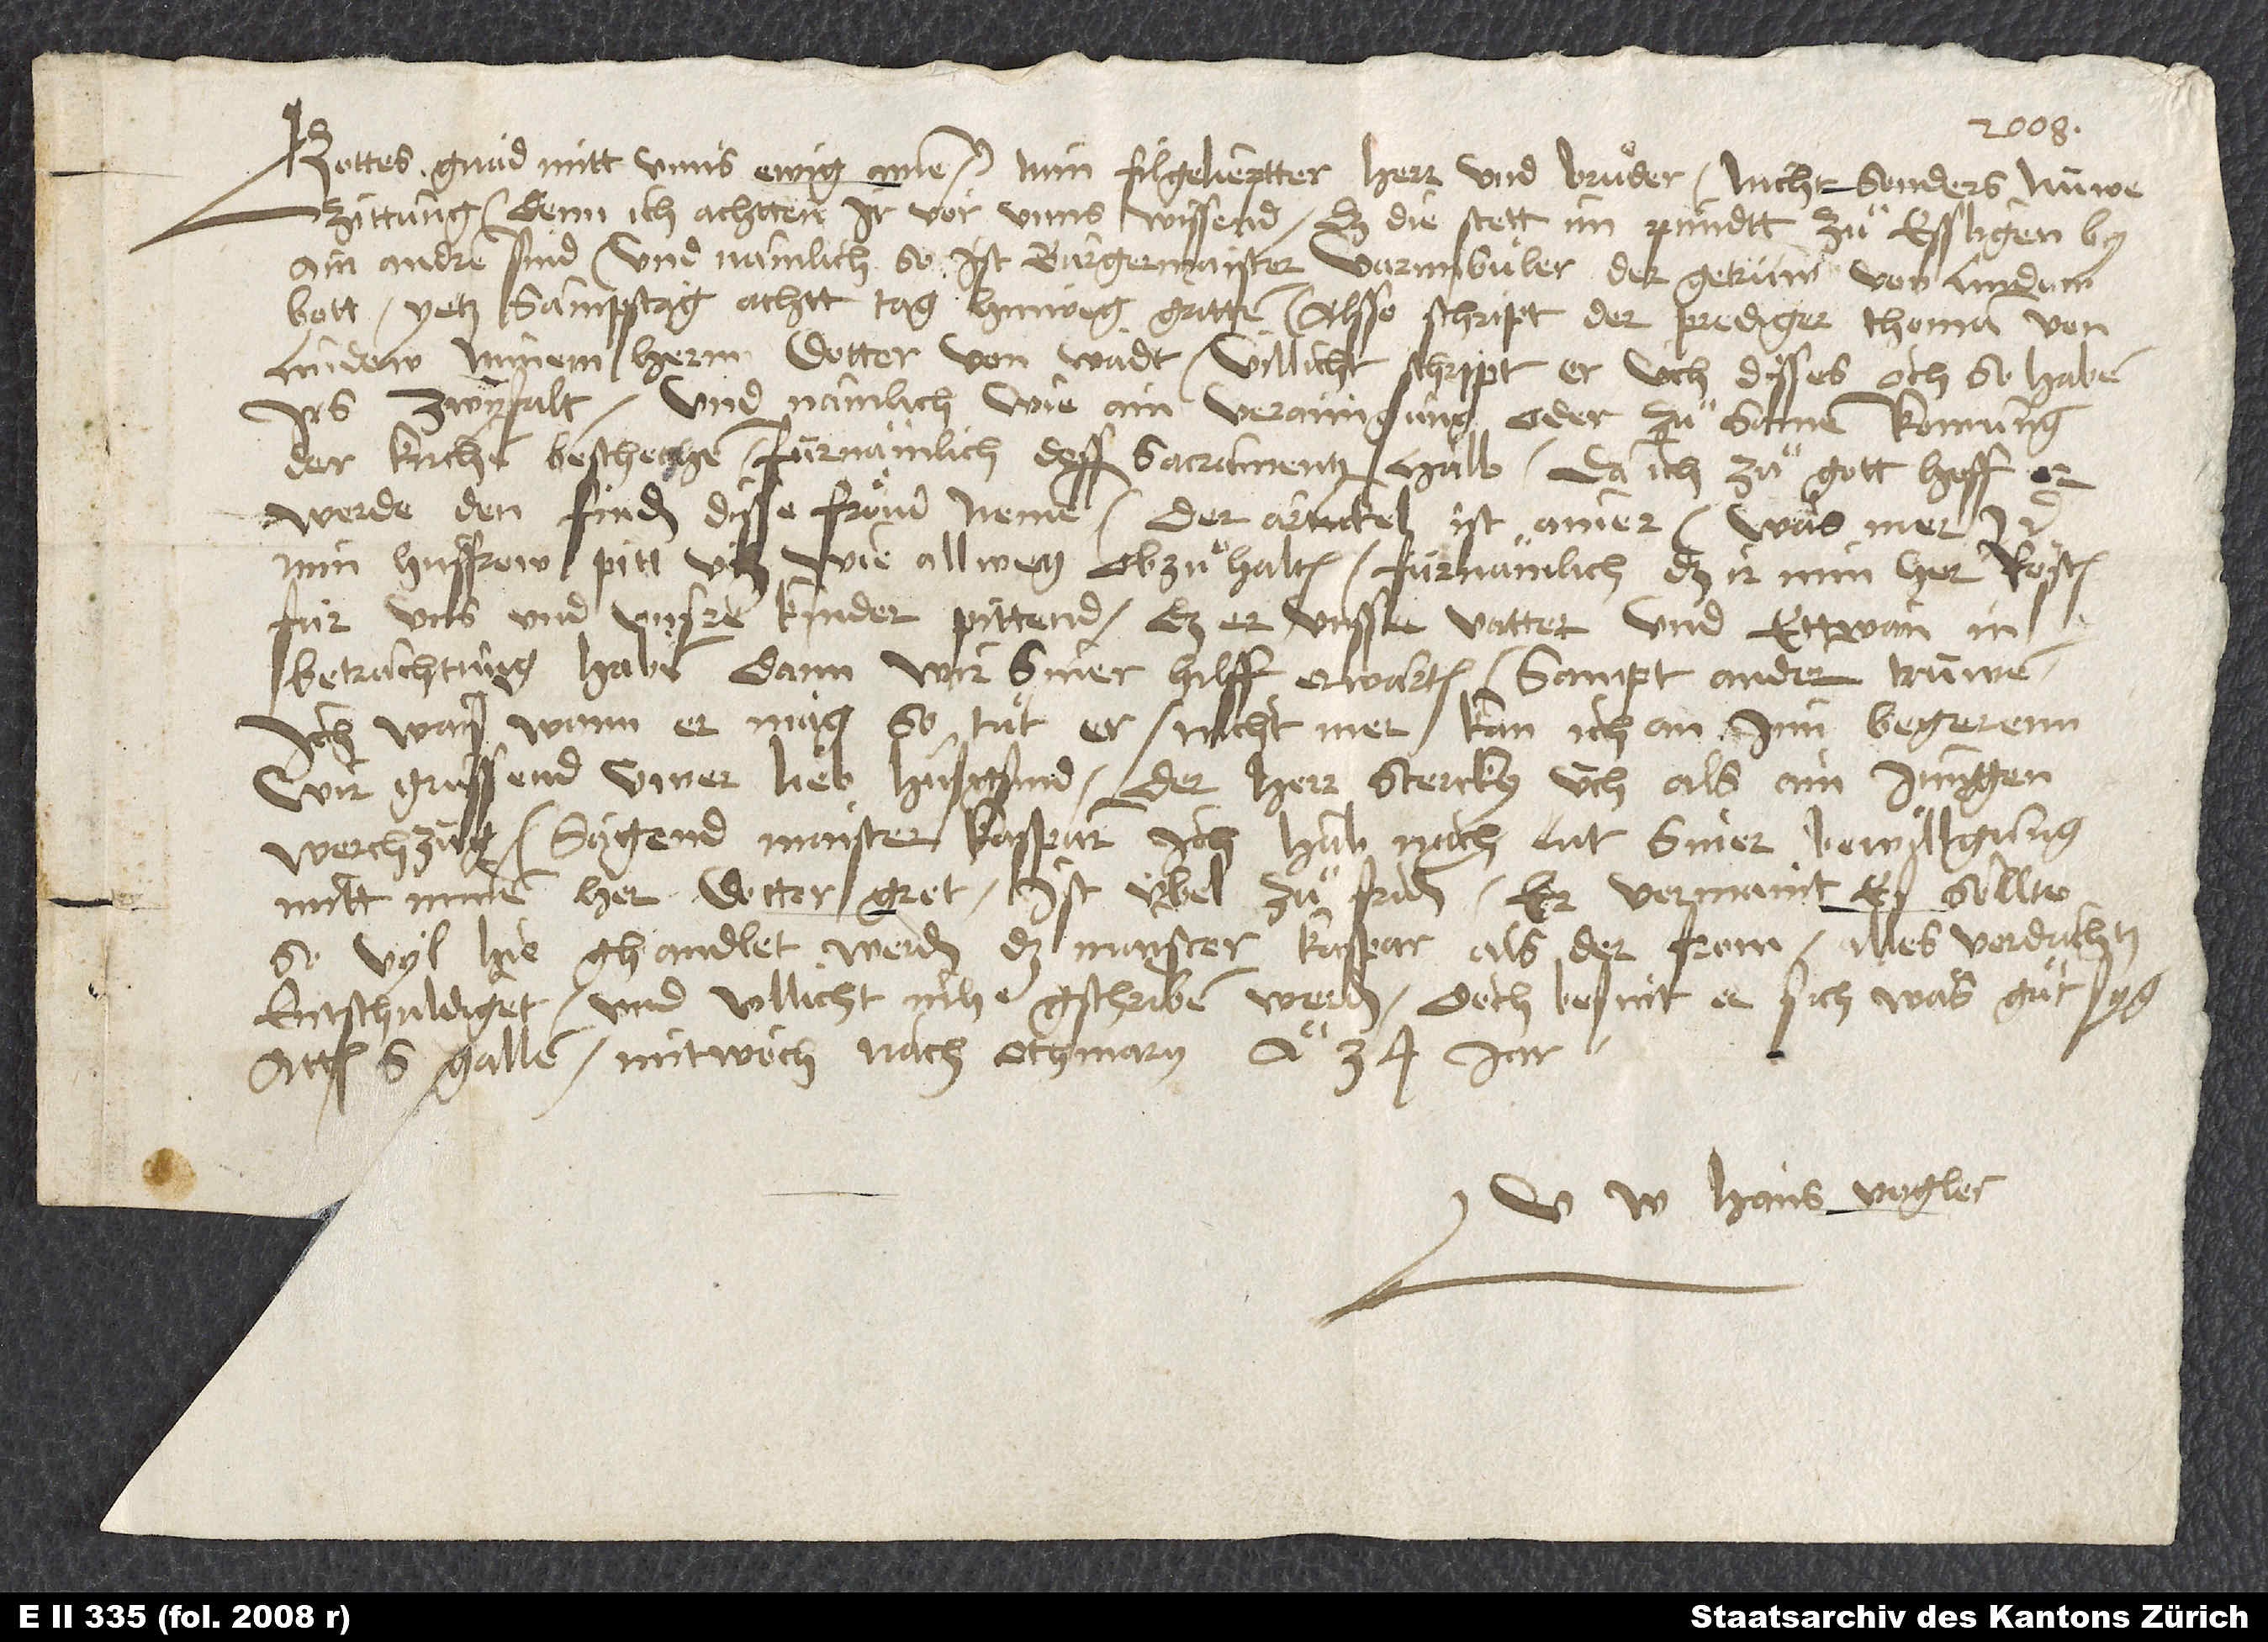
Gottes gnad mit uns ewig. Amen. Min vilgeliepter herr und bruͦder, nicht sonders nüwe
zittung; denn ich achtten, ir vor unns wissend, daß die stett im pundtt zuͦ Esslingen by
ainandren sind. Und namlich so ist burgermaister Varnnbüler der, getrüw von Lindow
bott, yetz sampstag achtt tag hinweg gritten. Alsso schript der predger Thoman von
Lindow minem hern Docter von Wadt. Villicht schript er üch disses och, so haben
irs zwyfalt. Und namlich wie ain verainigung oder zuͦsamenkomung
der kirchen beschechen, fürnämlich dess sacraments halb. Da ich zuͦ gott hoff, er
werde den finden disse fröud nemen. Der artickel ist ainer (was mer).
Min husfrow pitt üch, wie allweg obzuͦhalten, fürnämlich daß ir min her Rösten
für uns und unsre kinder pittend, daß er unsser vatter und ettwan in
betrachtung haben; dann wir siner hilff erwarten, sampt ander trüwen.
Ich wais, wenn er mag, so tuͦt er; nicht mer kan ich an inn begerenn.
Wir grüssend üwer lieb husgsind. Der herr stercky üch als ain jungen
werchzüg. Sagend maister Kasparn, ich hab nach lut siner bewillgung
mitt minem her Docter gret. Ist übel zuͦfriden. Er vermaint, es söllte
so vyl hie ghandlet werden, daß maister Kaspar als der from alles verdachts
entschuldiget und villicht inhe gschriben werden. Doch besint er sich, was guͦt syg.
Actum S. Gallen, mitwoch nach Othmari anno 34 jar.
U Hans Vogler.